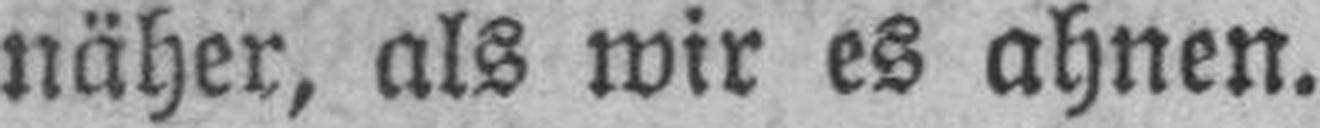
näher, als wir es ahnen.